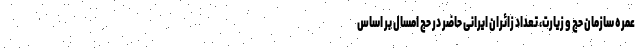
عمره سازمان حج و زیارت، تعداد زائران ایرانی حاضر در حج امسال بر اساس